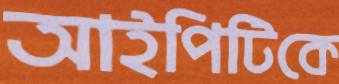
আইপিটিকে